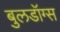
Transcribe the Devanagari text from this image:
बुलडॉग्‍स